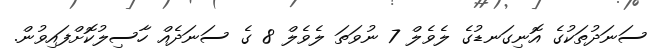
ސަނަދުތަކުގެ އޮނިގަނޑުގެ ލެވެލް 7 ނުވަތަ ލެވެލް 8 ގެ ސަނަދެއް ހާސިލުކޮށްފައިވުން.